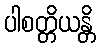
ပါစတ္တိယန္တိ